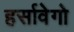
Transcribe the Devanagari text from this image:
हर्सावेगो